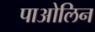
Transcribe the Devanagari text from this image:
पाओलिन